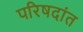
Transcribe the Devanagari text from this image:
परिषदांत